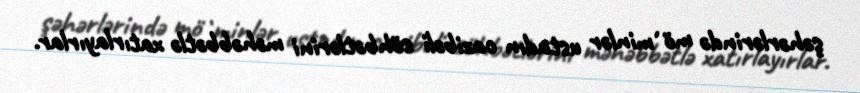
şəhərlərində mö`minlər ustadın cazibəli söhbətlərini məhəbbətlə xatırlayırlar.